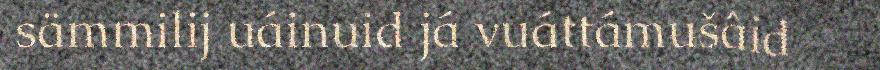
sämmilij uáinuid já vuáttámušâid